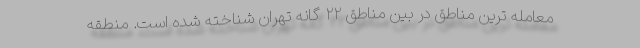
معامله ترین مناطق در بین مناطق ۲۲ گانه تهران شناخته شده است. منطقه